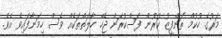
މަރުގެ ހުކުމް ތަންފީޒު ކުރުން ފަސްކުރަން ޖެހޭ ހާލަތްތަކެއް ވެސް ހިމަނާފައިވެ އެވެ.